Leningradi_Edasi_toimetus, lk 196
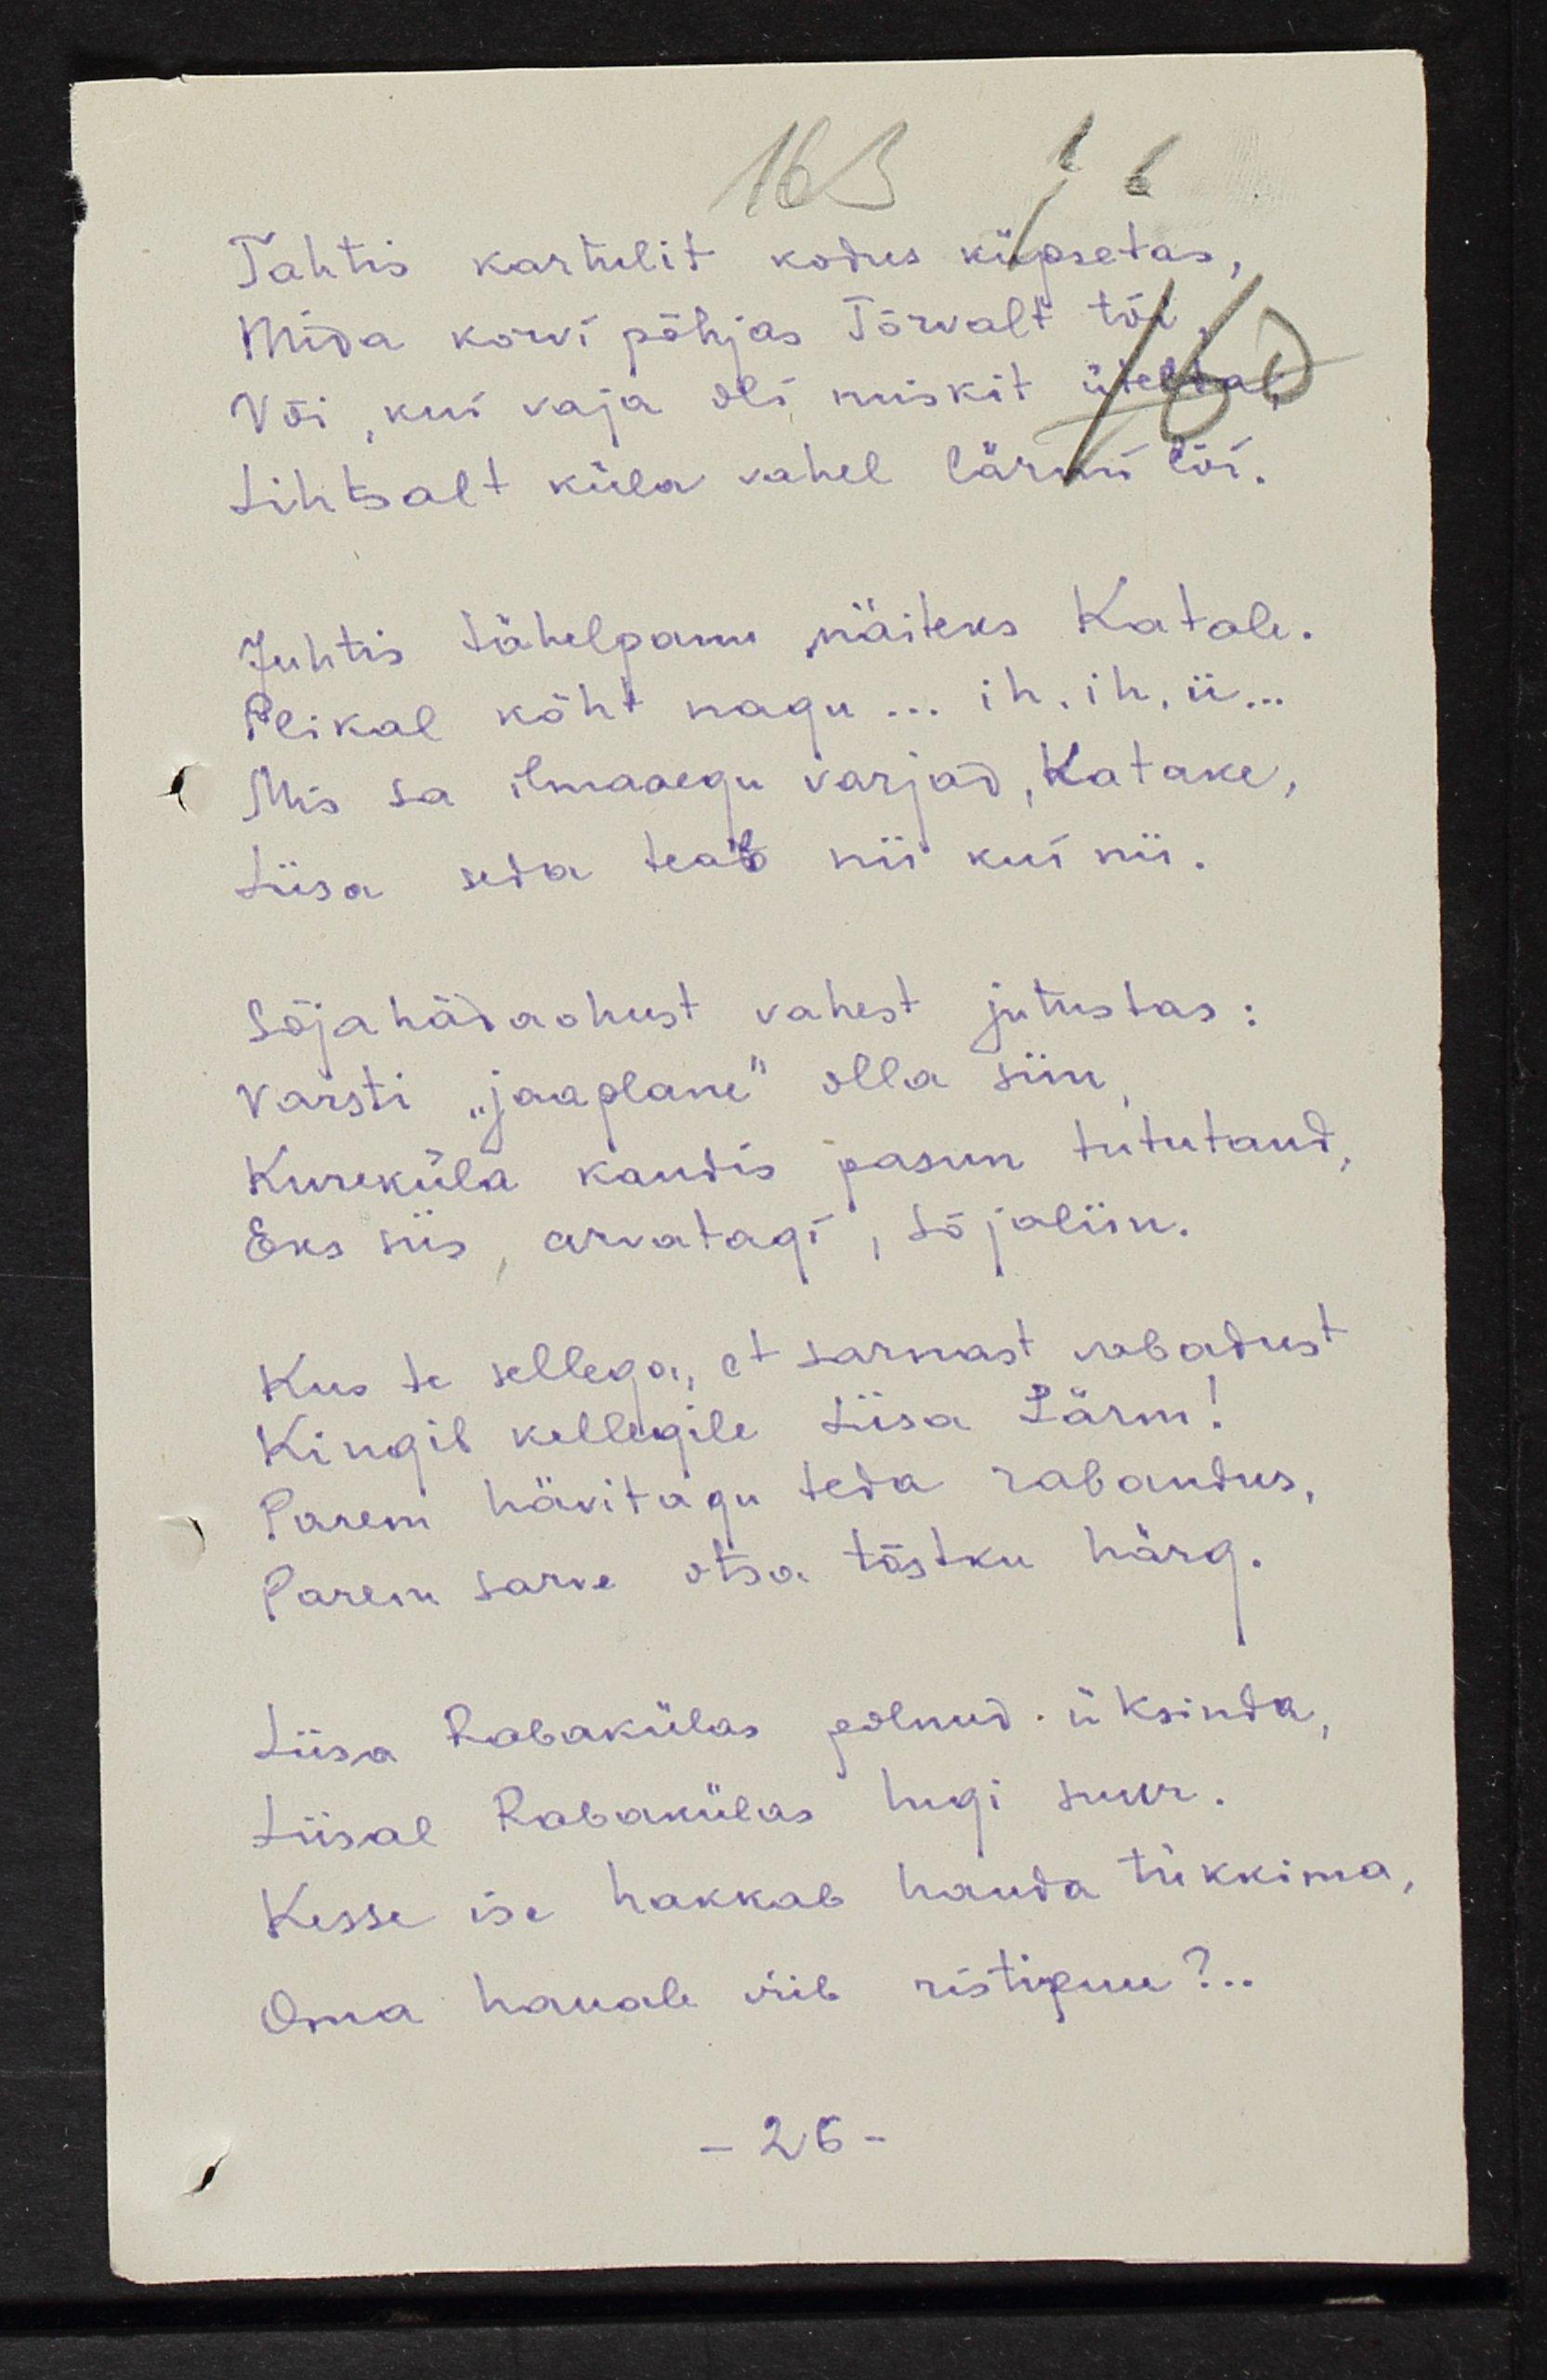
Tahtis kartulid kodus küpsetas,
Mida korvi põhjas Tõrvalt tõi
Või, kui vaja oli miskit ütelda
Lihtsalt küla vahel lärmi lõi
Juhtis tähelepanu näiteks Katale.
Peikal kõht nagu... ih ih ii...
Mis sa ilmaaegu varjad, Katake,
Liisa seda teab nii kui nii.
Sõjahädaohust vahest jutustas:
varsti "jaaplane" olla siin,
Kureküla kandis pasun tututand,
Eks siis, arvatagi, sõjaliin.
Kus te sellega, et sarnast vabadust
Kingib kellegile Liisa Lärm!
Parem hävitagu teda rabandus,
Parem sarve otsa tõstku härg.
Liisa Rabakülas polnud üksinda,
Liisal Rabakülas hugi suur.
Kesse ise hakkab hauda tükkima,
Oma hauale viib ristipuu?..